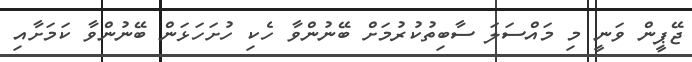
ޖޭޕީން ވަނީ މި މައްސަލަ ސާބިތުކުރުމަށް ބޭނުންވާ ހެކި ހުށަހަޅަން ބޭނުންވާ ކަމަށާއި